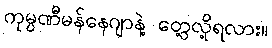
ကုမ္ပဏီမန်နေဂျာနဲ့ တွေ့လို့ရလား။